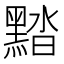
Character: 䵬